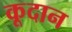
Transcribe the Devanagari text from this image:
कूदान